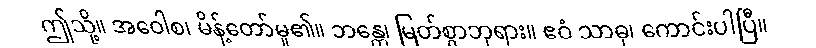
ဤသို့။ အဝေါစ၊ မိန့်တော်မူ၏။ ဘန္တေ၊ မြတ်စွာဘုရား။ ဧဝံ သာဓု၊ ကောင်းပါပြီ။